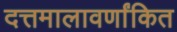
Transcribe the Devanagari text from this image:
दत्तमालावर्णांकित